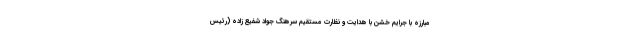
مبارزه با جرایم خشن با هدایت و نظارت مستقیم سرهنگ جواد شفیع زاده (رئیس